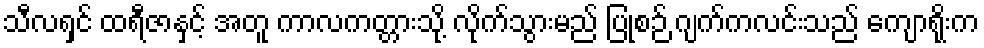
သီလရှင် ထရီဇာနှင့် အတူ ကာလကတ္တားသို့ လိုက်သွားမည် ပြုစဉ် ဂျက်ကလင်းသည် ကျောရိုးက